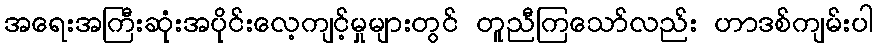
အရေးအကြီးဆုံးအပိုင်းလေ့ကျင့်မှုများတွင် တူညီကြသော်လည်း ဟာဒစ်ကျမ်းပါ